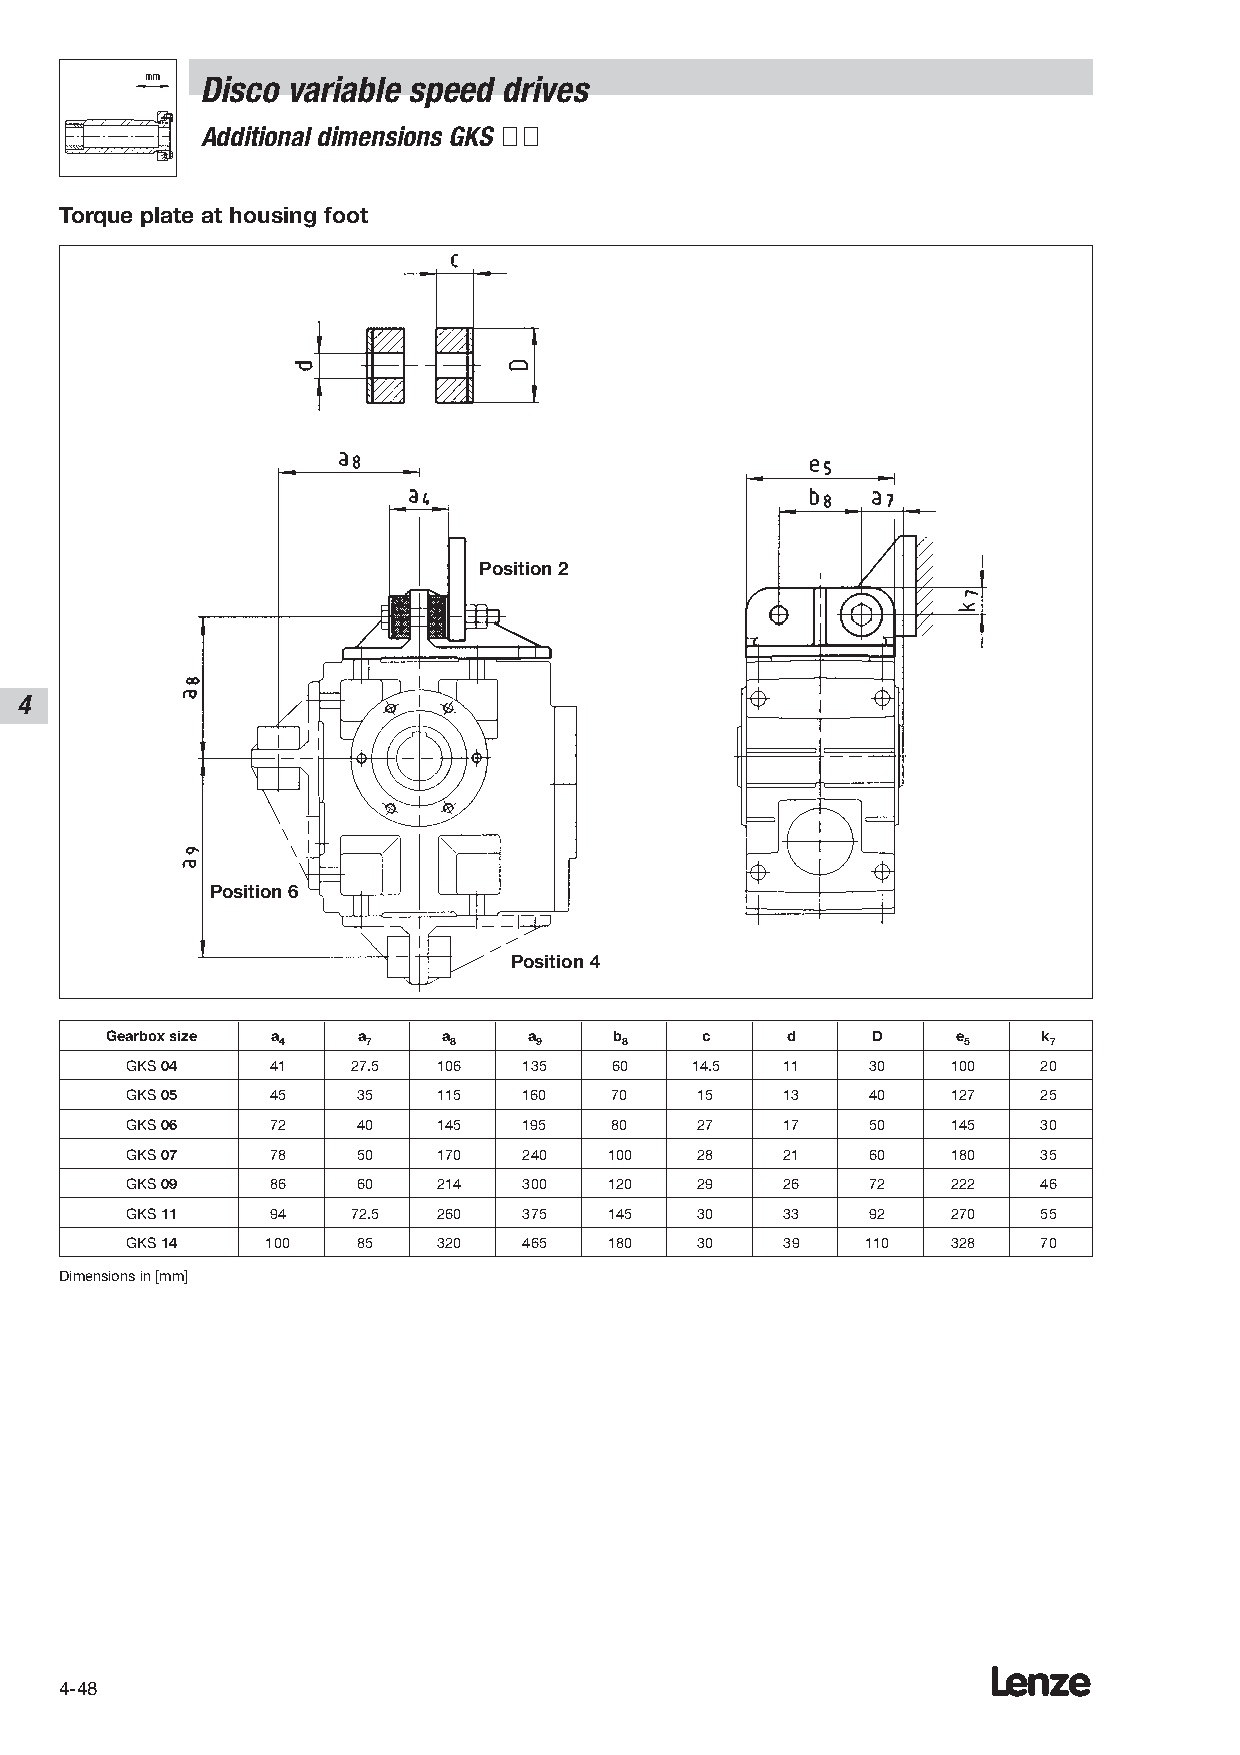
Disco variable speed drives
 Additional dimensions GKS ÇÇ
 Torque plate at housing foot
 Position 2
 4
 Position 6
 Position 4
 Gearbox size a   a    a     a     b    c     d     D    e     k
 4     7     8    9     8                      5    7
 GKS 04    41   27.5  106   135   60   14.5  11    30   100   20
 GKS 05    45    35   115   160   70   15    13    40   127   25
 GKS 06    72    40   145   195   80   27    17    50   145   30
 GKS 07    78    50   170   240  100   28    21    60   180   35
 GKS 09    86    60   214   300  120   29    26    72   222   46
 GKS 11    94   72.5  260   375  145   30    33    92   270   55
 GKS 14    100   85   320   465  180   30    39   110   328   70
 Dimensions in [mm]
 Lenze
 4-48